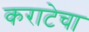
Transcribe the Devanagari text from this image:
कराटेचा